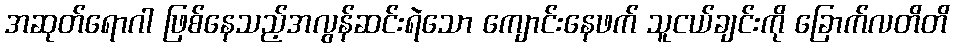
အဆုတ်ရောဂါ ဖြစ်နေသည့်အလွန်ဆင်းရဲသော ကျောင်းနေဖက် သူငယ်ချင်းကို ခြောက်လတိတိ